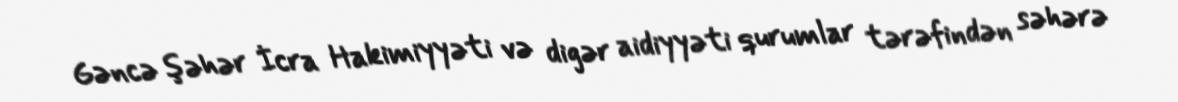
Gəncə şəhər İcra Hakimiyyəti və digər aidiyyəti qurumlar tərəfindən səhərə